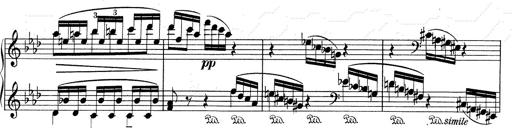
Title: Weinen, Klagen, Sorgen, Zagen
Composer: Franz Liszt